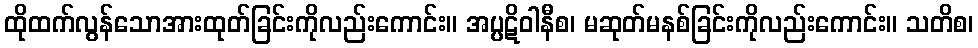
ထိုထက်လွန်သောအားထုတ်ခြင်းကိုလည်းကောင်း။ အပ္ပဋိဝါနီစ၊ မဆုတ်မနစ်ခြင်းကိုလည်းကောင်း။ သတိစ၊